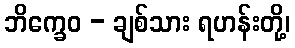
ဘိက္ခေဝ - ချစ်သား ရဟန်းတို့၊